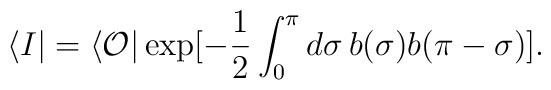
\langle I|=\langle {\cal O}|\exp [-\frac12 \int^{\pi}_0d\sigma\, b(\sigma)b(\pi-\sigma) ].